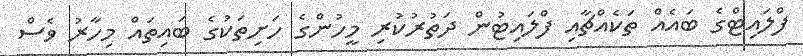
ފްލައިޓްގެ ބައެއް ތަކެއްޗާއި ފްލައިޓުން ދަތުރުކުރި މީހުންގެ ހަށިތަކުގެ ބައިތައް މިހާރު ވެސް